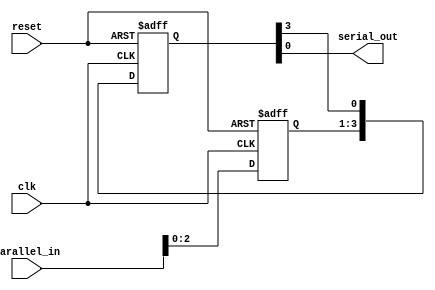
module PISORegister #(parameter N=4) (
  input clk,
  input reset,
  input [N-1:0] parallel_in,
  output serial_out
);
  reg [N-1:0] shift_register;
  reg [N-1:0] temp;
  always @(posedge clk or posedge reset) begin
    if (reset)
      shift_register <= 0;
    else
      shift_register <= parallel_in;
  end
  always @(posedge clk or posedge reset) begin
    if (reset)
      temp <= 0;
    else
      temp <= {shift_register[N-2:0], temp[N-1]};
  end
  assign serial_out = temp[0];
endmodule